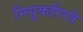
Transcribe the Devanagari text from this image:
नियुक्तीपत्रे